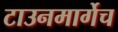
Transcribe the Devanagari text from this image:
टाउनमार्गेच